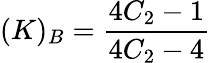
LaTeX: (K)_{B}=\frac{4C_{2}-1}{4C_{2}-4}